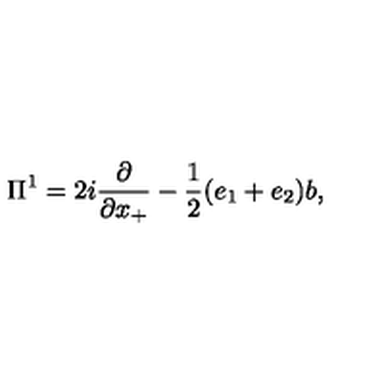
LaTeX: { \Pi } ^ { 1 } = 2 i \frac { \partial } { \partial x _ { + } } - \frac { 1 } { 2 } ( e _ { 1 } + e _ { 2 } ) b ,